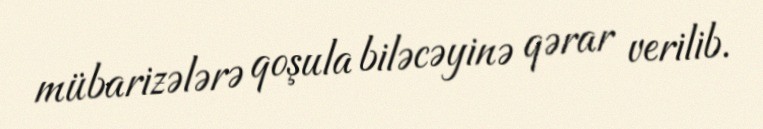
mübarizələrə qoşula biləcəyinə qərar verilib.